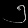
Digit: ၅